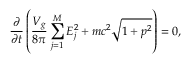
\frac { \partial } { \partial t } \left( \frac { V _ { g } } { 8 \pi } \sum _ { j = 1 } ^ { M } E _ { j } ^ { 2 } + m c ^ { 2 } \sqrt { 1 + p ^ { 2 } } \right) = 0 ,